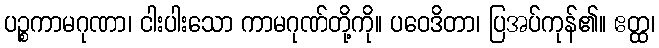
ပဉ္စကာမဂုဏာ၊ ငါးပါးသော ကာမဂုဏ်တို့ကို။ ပဝေဒိတာ၊ ပြအပ်ကုန်၏။ ဧတ္ထ၊